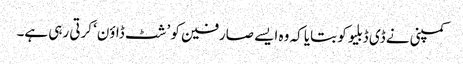
کمپنی نے ڈی ڈبلیو کو بتایا کہ وہ ایسے صارفین کو ’شٹ ڈاؤن‘ کرتی رہی ہے۔